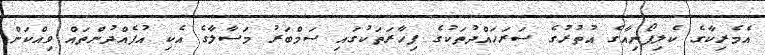
އެމެރިކާގެ ކެލިފޯނިއާގެ އުތުރުގެ ސަރަހައްދުތަކުގެ ފިހާރަތަކުގައި ސަމްބަރު މަސާލާގެ އެކި އުފެއްދުންތައް ވިއްކަން